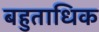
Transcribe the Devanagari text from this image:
बहुताधिक